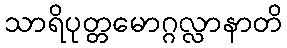
သာရိပုတ္တမောဂ္ဂလ္လာနာတိ